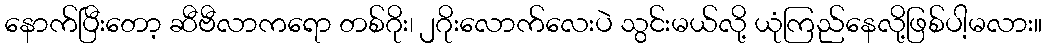
နောက်ပြီးတော့ ဆီဗီလာကရော တစ်ဂိုး၊ ၂ဂိုးလောက်လေးပဲ သွင်းမယ်လို့ ယုံကြည်နေလို့ဖြစ်ပါ့မလား။